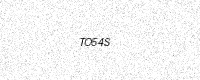
Text: TO54S